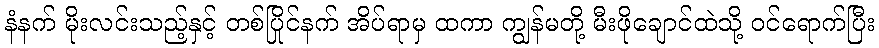
နံနက် မိုးလင်းသည့်နှင့် တစ်ပြိုင်နက် အိပ်ရာမှ ထကာ ကျွန်မတို့ မီးဖိုချောင်ထဲသို့ ဝင်ရောက်ပြီး